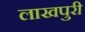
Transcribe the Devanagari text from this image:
लाखपुरी